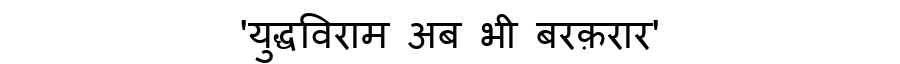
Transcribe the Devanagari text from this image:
'युद्धविराम अब भी बरक़रार'